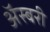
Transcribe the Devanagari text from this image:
अॅस्बरी